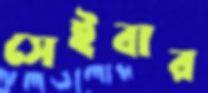
সেইবার